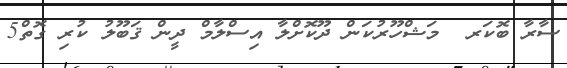
ސާރާ ބޮކަރ  މަޝްހޫރުކަން ދޫކޮށްލާ އިސްލާމް ދީން ޤަބޫލު ކުރި ގޮތް5